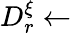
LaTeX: D_{r}^{\xi}\gets